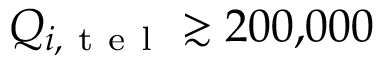
Q _ { i , \mathrm { ~ t ~ e ~ l ~ } } \gtrsim 2 0 0 { , } 0 0 0